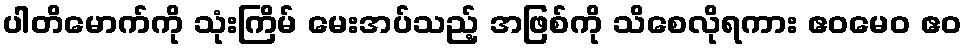
ပါတိမောက်ကို သုံးကြိမ် မေးအပ်သည့် အဖြစ်ကို သိစေလိုရကား ဧဝမေဝ ဧဝ